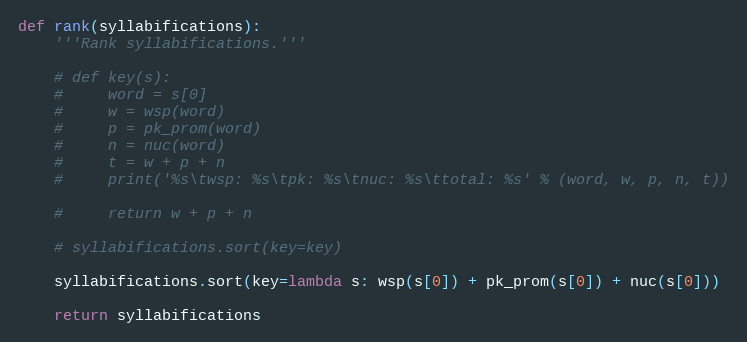
Language: Python
def rank(syllabifications):
    '''Rank syllabifications.'''

    # def key(s):
    #     word = s[0]
    #     w = wsp(word)
    #     p = pk_prom(word)
    #     n = nuc(word)
    #     t = w + p + n
    #     print('%s\twsp: %s\tpk: %s\tnuc: %s\ttotal: %s' % (word, w, p, n, t))

    #     return w + p + n

    # syllabifications.sort(key=key)

    syllabifications.sort(key=lambda s: wsp(s[0]) + pk_prom(s[0]) + nuc(s[0]))

    return syllabifications